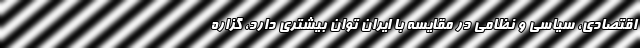
اقتصادی، سیاسی و نظامی در مقایسه با ایران توان بیشتری دارد، گزاره